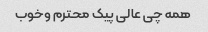
همه چی عالی پیک محترم وخوب